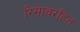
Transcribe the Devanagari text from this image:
रिसावरहित